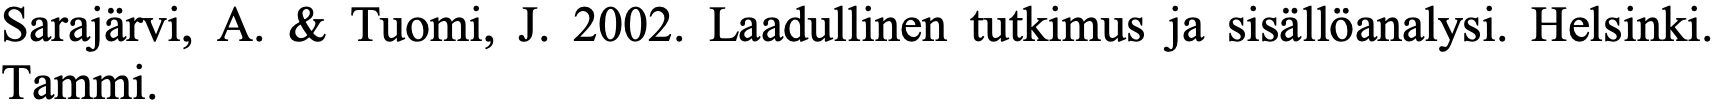
Sarajärvi, A. & Tuomi, J. 2002. Laadullinen tutkimus ja sisällöanalysi. Helsinki. Tammi.